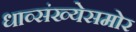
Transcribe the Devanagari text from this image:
धाव्संख्येसमोर